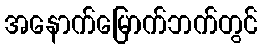
အနောက်မြောက်ဘက်တွင်